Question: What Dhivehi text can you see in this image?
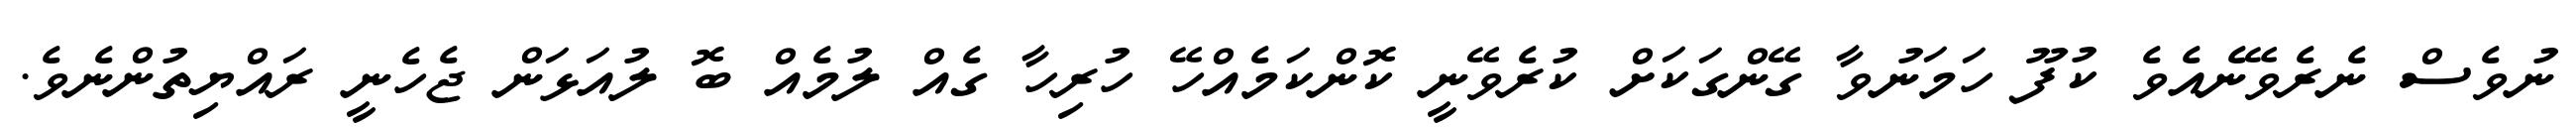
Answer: ނުވެސް ނެރެވޭނެއެވެ ކުފޫ ހަމަނުވާ ގޭންގަކަށް ކުރެވޭނީ ކޮންކަމެއްހޭ ހުރިހާ ގެއް ލުމެއް ބޮ ލުއަޅަން ޖެހެނީ ރައްޔިތުންނެވެ.